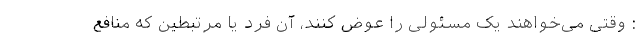
: وقتی می‌خواهند یک مسئولی را عوض کنند، آن فرد یا مرتبطین که منافع